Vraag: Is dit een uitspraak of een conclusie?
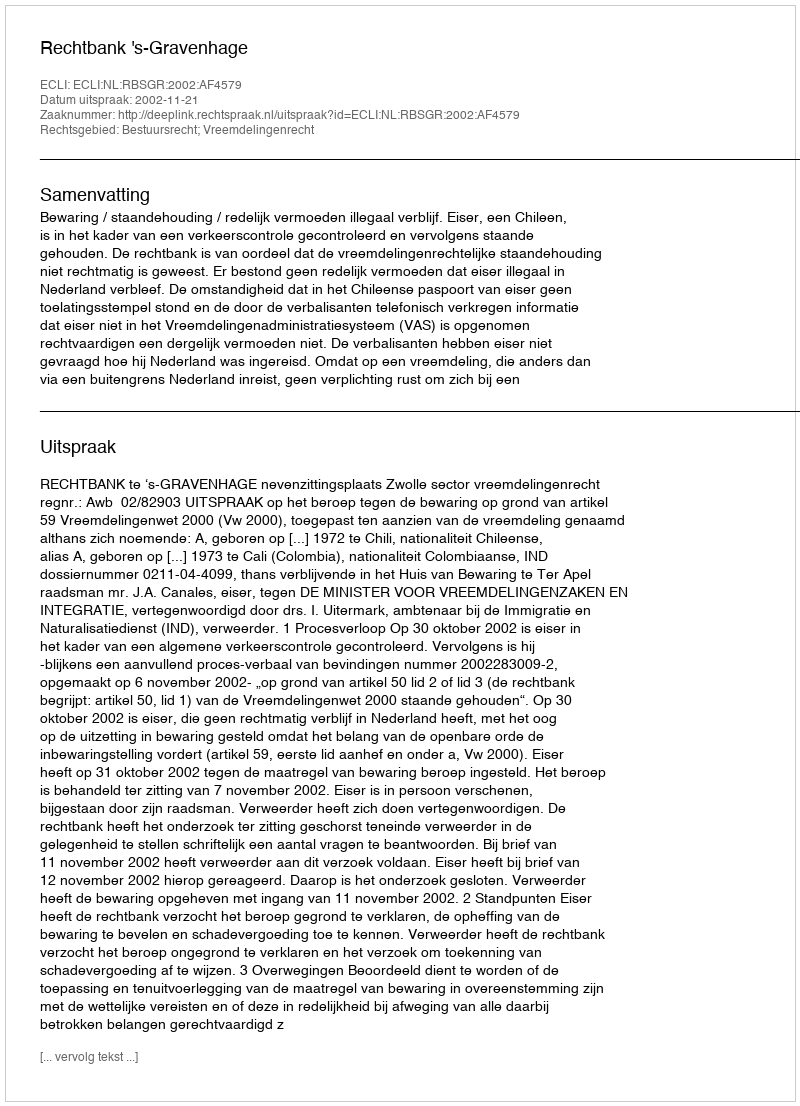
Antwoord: Uitspraak